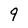
Character: 9